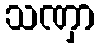
သဏှာ